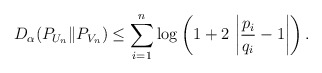
\begin{align*}D_{\alpha}(P_{U_n} \| P_{V_n}) \leq \sum_{i=1}^n \log \left(1 + 2 \, \left|\frac{p_i}{q_i}-1\right| \right).\end{align*}